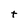
Character: t